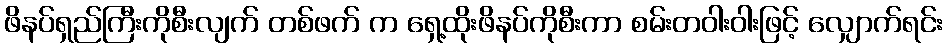
ဖိနပ်ရှည်ကြီးကိုစီးလျက် တစ်ဖက် က ရှေ့ထိုးဖိနပ်ကိုစီးကာ စမ်းတဝါးဝါးဖြင့် လျှောက်ရင်း